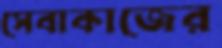
সেবাকাজের